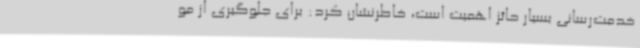
خدمت‌رسانی بسیار حائز اهمیت است، خاطرنشان کرد: برای جلوگیری از مو